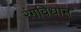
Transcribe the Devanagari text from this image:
रंगविधान